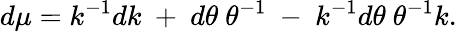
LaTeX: d\mu=k^{-1}dk~+~d\theta~\theta^{-1}~-~k^{-1}d\theta~\theta^{-1}k.